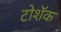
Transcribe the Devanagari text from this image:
टोशॅक